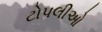
ટોપલીઓ